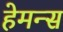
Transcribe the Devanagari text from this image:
हेमन्स